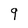
Character: 9